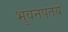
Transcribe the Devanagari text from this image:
भुवनपतये